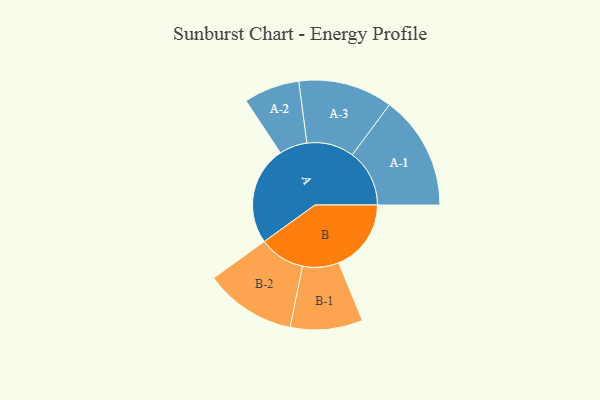
{"axis": {"x": "Segment", "y": "Value"}, "legend": ["", "A", "B"], "data": [{"x": "A", "y": 485, "type": ""}, {"x": "B", "y": 356, "type": ""}, {"x": "A-1", "y": 281, "type": "A"}, {"x": "A-2", "y": 137, "type": "A"}, {"x": "A-3", "y": 232, "type": "A"}, {"x": "B-1", "y": 178, "type": "B"}, {"x": "B-2", "y": 225, "type": "B"}]}